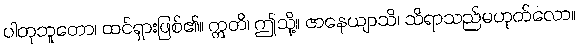
ပါတုဘူတော၊ ထင်ရှားဖြစ်၏။ ဣတိ၊ ဤသို့။ ဇာနေယျာသိ၊ သိရာသည်မဟုတ်လော။